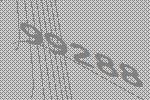
99288